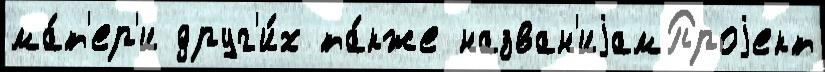
ма́т'ер'и друг'и́х та́кже назван'иjамПроjект